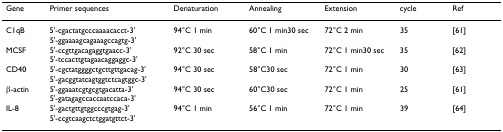
<table><thead><tr><td><b>Gene</b></td><td><b>Primer sequences</b></td><td><b>Denaturation</b></td><td><b>Annealing</b></td><td><b>Extension</b></td><td><b>cycle</b></td><td><b>Ref</b></td></tr></thead><tbody><tr><td>C1qB</td><td>5&#x27;-cgactatgcccaaaacacct-3&#x27;5&#x27;-ggaaaagcagaaagccagtg-3&#x27;</td><td>94°C 1 min</td><td>60°C 1 min30 sec</td><td>72°C 2 min</td><td>35</td><td>[61]</td></tr><tr><td>MCSF</td><td>5&#x27;-ccgttgacagaggtgaacc-3&#x27;5&#x27;-tccacttgtagaacaggaggc-3&#x27;</td><td>92°C 30 sec</td><td>58°C 1 min</td><td>72°C 1 min30 sec</td><td>35</td><td>[62]</td></tr><tr><td>CD40</td><td>5&#x27;-cgctatggggctgcttgttgacag-3&#x27;5&#x27;-gacggtatcagtggtctcagtggc-3&#x27;</td><td>94°C 30 sec</td><td>58°C30 sec</td><td>72°C 1 min</td><td>30</td><td>[63]</td></tr><tr><td>β-actin</td><td>5&#x27;-ggaaatcgtgcgtgacatta-3&#x27;5&#x27;-gatagagccaccaatccaca-3&#x27;</td><td>94°C 30 sec</td><td>60°C30 sec</td><td>72°C 1 min</td><td>25</td><td>[61]</td></tr><tr><td>IL-8</td><td>5&#x27;-gactgttgtggcccgtgag-3&#x27;5&#x27;-ccgtcaagctctggatgttct-3&#x27;</td><td>94°C 1 min</td><td>56°C 1 min</td><td>72°C 1 min</td><td>39</td><td>[64]</td></tr></tbody></table>